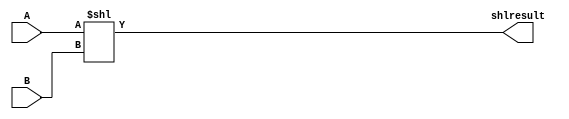
module SHL(

input [31:0] A, B,
output reg [31:0] shlresult

);

always @(A or B)
	begin
		shlresult = A << B;
	end
endmodule